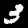
Label: 3